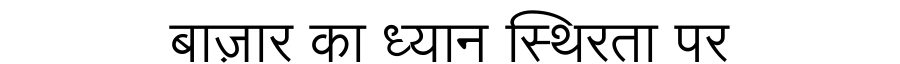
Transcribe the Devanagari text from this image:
बाज़ार का ध्यान स्थिरता पर